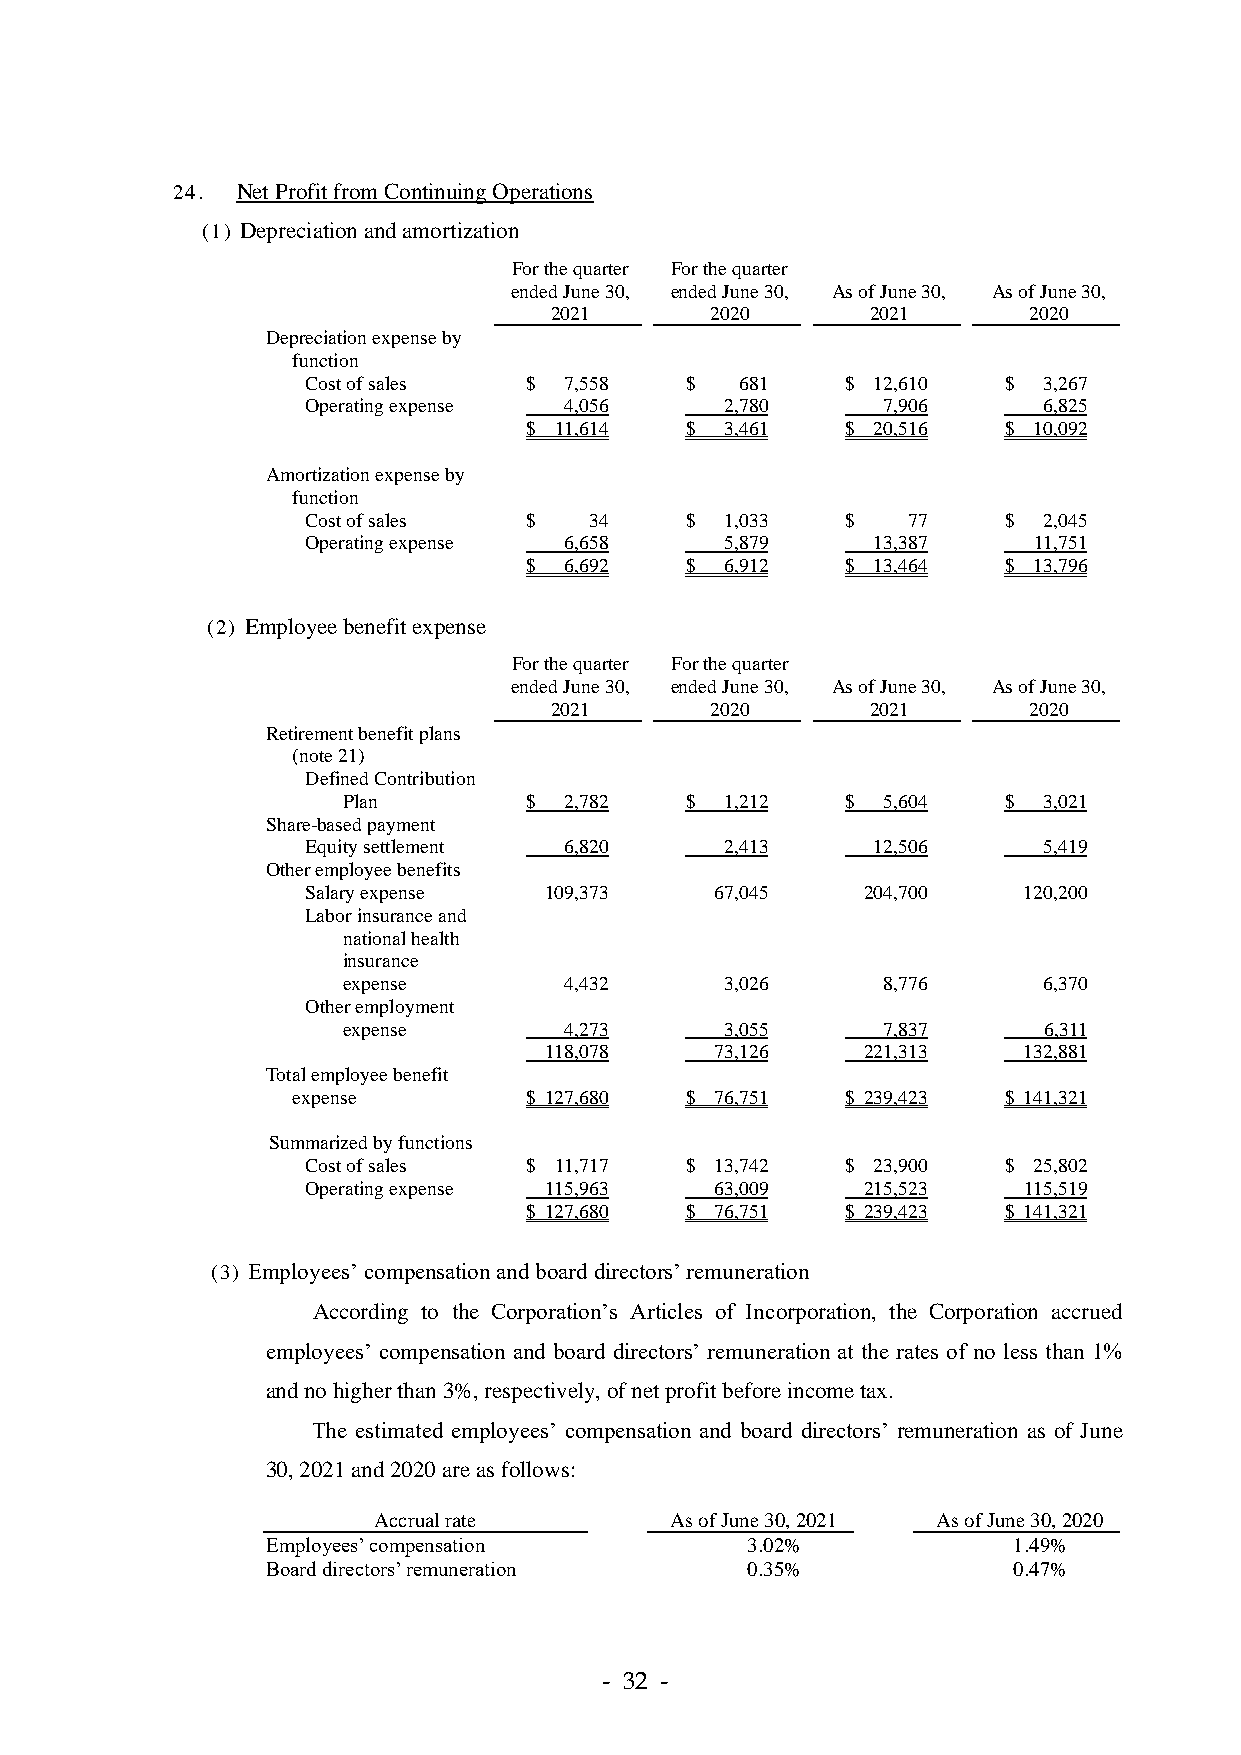
24.  Net Profit from Continuing Operations
 (1) Depreciation and amortization
 For the quarter For the quarter
 ended June 30, ended June 30, As of June 30, As of June 30,
 2021       2020       2021      2020
 Depreciation expense by
 function
 Cost of sales  $ 7,558   $   681    $ 12,610  $  3,267
 Operating expense 4,056     2,780     7,906      6,825
 $ 11,614  $  3,461   $ 20,516  $ 10,092
 Amortization expense by
 function
 Cost of sales  $   34    $  1,033   $   77    $  2,045
 Operating expense 6,658     5,879     13,387    11,751
 $ 6,692   $  6,912   $ 13,464  $ 13,796
 (2) Employee benefit expense
 For the quarter For the quarter
 ended June 30, ended June 30, As of June 30, As of June 30,
 2021       2020       2021      2020
 Retirement benefit plans
 (note 21)
 Defined Contribution
 Plan        $ 2,782   $  1,212   $ 5,604   $  3,021
 Share-based payment
 Equity settlement 6,820     2,413     12,506     5,419
 Other employee benefits
 Salary expense  109,373    67,045    204,700    120,200
 Labor insurance and
 national health
 insurance
 expense       4,432      3,026     8,776      6,370
 Other employment
 expense       4,273      3,055     7,837      6,311
 118,078    73,126    221,313    132,881
 Total employee benefit
 expense         $ 127,680 $ 76,751   $ 239,423 $ 141,321
 Summarized by functions
 Cost of sales  $ 11,717  $ 13,742   $ 23,900  $ 25,802
 Operating expense 115,963  63,009    215,523    115,519
 $ 127,680 $ 76,751   $ 239,423 $ 141,321
 (3) Employees’ compensation and board directors’ remuneration
 According to the Corporation’s Articles of Incorporation, the Corporation accrued
 employees’ compensation and board directors’ remuneration at the rates of no less than 1%
 and no higher than 3%, respectively, of net profit before income tax.
 The estimated employees’ compensation and board directors’ remuneration as of June
 30, 2021 and 2020 are as follows:
 Accrual rate       As of June 30, 2021 As of June 30, 2020
 Employees’ compensation        3.02%             1.49%
 Board directors’ remuneration  0.35%             0.47%
 - 32 -